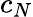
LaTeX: c_{N}